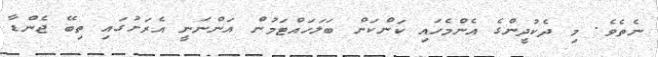
ނެތެވެ. މި ދެކުދީންގެ އެންމެހައި ކަންކަން ބަލަހައްޓަމުން އަންނަނީ އެރަށުގައި ތިބޭ ޖެންޑާ